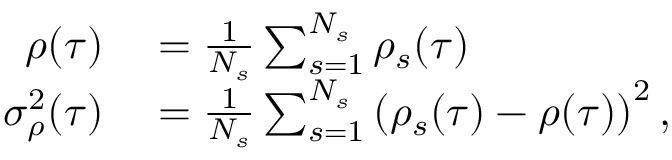
\begin{array} { r l } { \rho ( \tau ) } & { { } = \frac { 1 } { N _ { s } } \sum _ { s = 1 } ^ { N _ { s } } \rho _ { s } ( \tau ) } \\ { \sigma _ { \rho } ^ { 2 } ( \tau ) } & { { } = \frac { 1 } { N _ { s } } \sum _ { s = 1 } ^ { N _ { s } } \left( \rho _ { s } ( \tau ) - \rho ( \tau ) \right) ^ { 2 } , } \end{array}